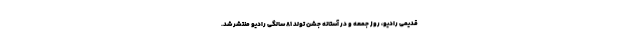
قدیمی رادیو، روز جمعه و در آستانه جشن تولد ۸۱ سالگی رادیو منتشر شد.